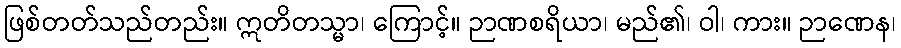
ဖြစ်တတ်သည်တည်း။ ဣတိတသ္မာ၊ ကြောင့်။ ဉာဏစရိယာ၊ မည်၏၊ ဝါ၊ ကား။ ဉာဏေန၊